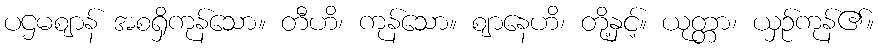
ပဌမဈာန် အစရှိကုန်သော။ တီဟိ၊ ကုန်သော။ ဈာနေဟိ၊ တို့နှင့်။ ယုတ္တာ၊ ယှဉ်ကုန်၏။